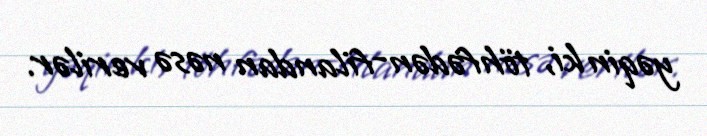
yəqin ki, töhfədən-filandan nəsə verilər.